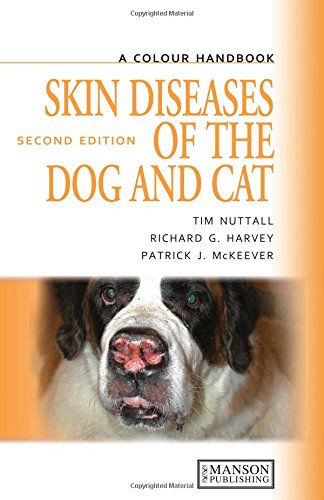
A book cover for A Color Handbook of Skin Diseases of the Dog and Cat US Version, Second Edition (Veterinary Color Handbook Series); Tim Nuttall; Medical Books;